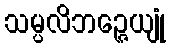
သမ္ပလိဘဉ္ဇေယျုံ